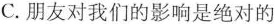
C.朋友对我们的影响是绝对的